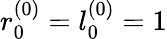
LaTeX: r_{0}^{(0)}=l_{0}^{(0)}=1